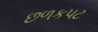
છળકપટ